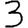
Digit: 3